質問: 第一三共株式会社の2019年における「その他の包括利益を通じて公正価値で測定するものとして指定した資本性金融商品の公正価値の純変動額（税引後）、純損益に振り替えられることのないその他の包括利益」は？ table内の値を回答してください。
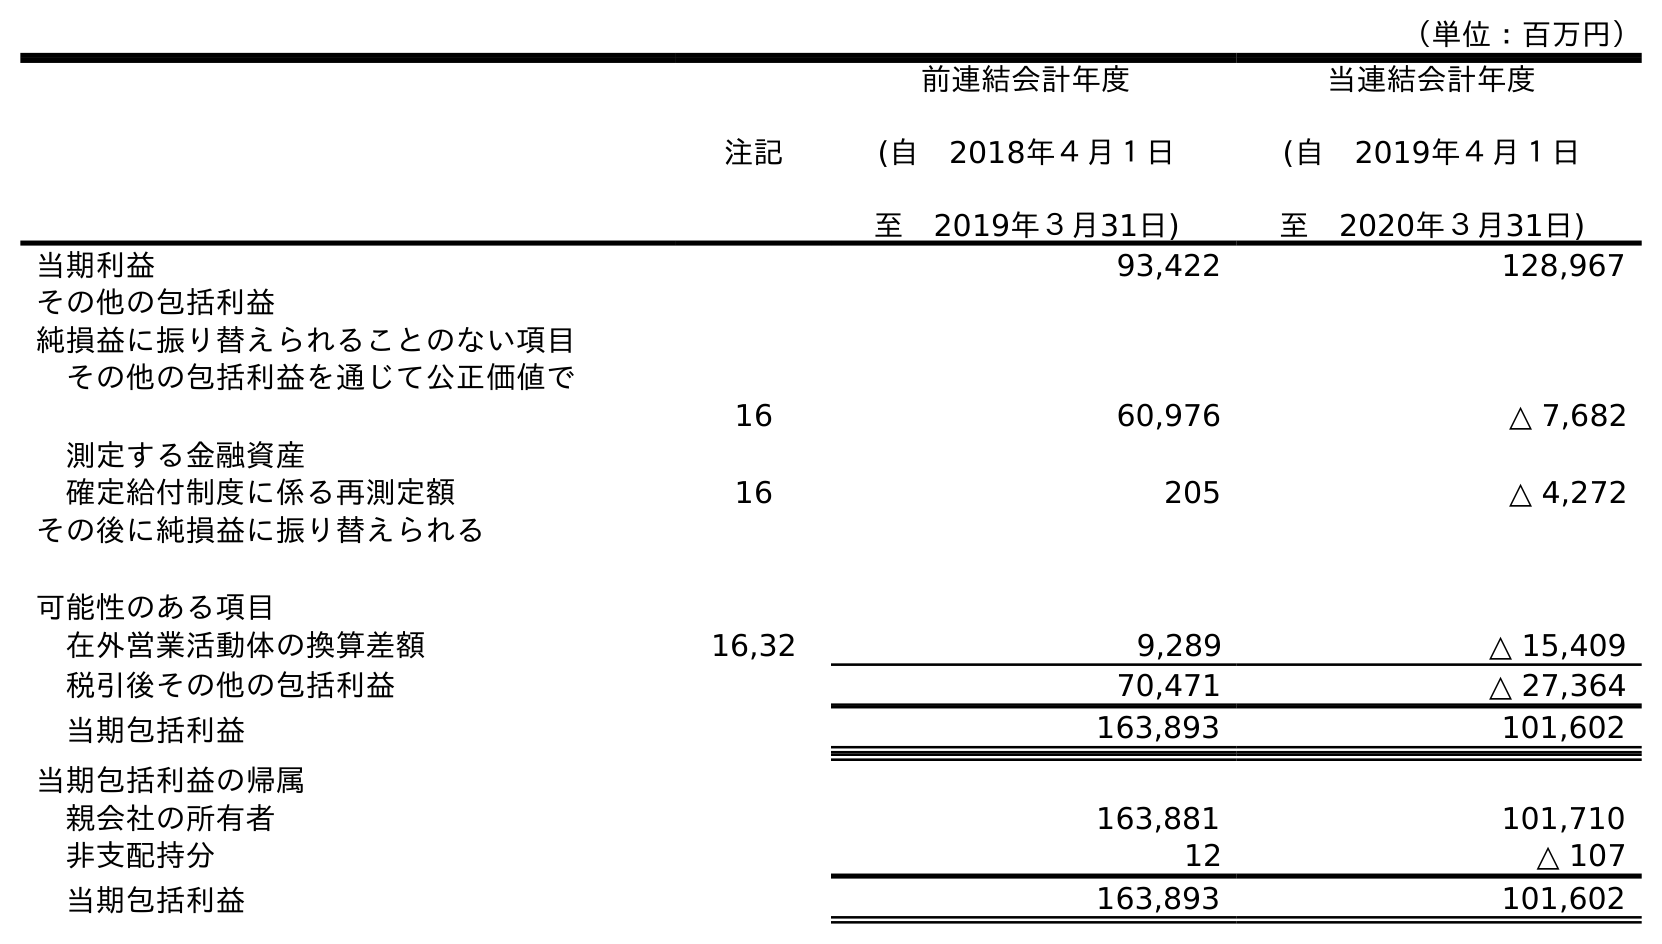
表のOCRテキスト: （単位：百万円） 注記 前連結会計年度 (自 2018年４月１日 至 2019年３月31日) 当連結会計年度 (自 2019年４月１日 至 2020年３月31日) 当期利益 93,422 128,967 その他の包括利益 純損益に振り替えられることのない項目 その他の包括利益を通じて公正価値で 測定する金融資産 16 60,976 △ 7,682 確定給付制度に係る再測定額 16 205 △ 4,272 その後に純損益に振り替えられる 可能性のある項目 在外営業活動体の換算差額 16,32 9,289 △ 15,409 税引後その他の包括利益 70,471 △ 27,364 当期包括利益 163,893 101,602 当期包括利益の帰属 親会社の所有者 163,881 101,710 非支配持分 12 △ 107 当期包括利益 163,893 101,602
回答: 60,976